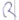
Text: R